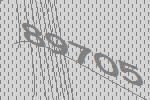
89705